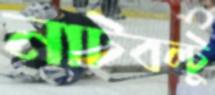
নাটবল্টু